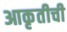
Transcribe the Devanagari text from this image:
आकृतीची